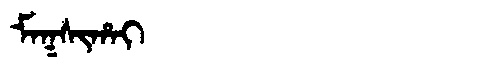
Manchu: ᠮᠠᡴᠰᡳᡥᠠᡳ
Romanization: MAKSIHAI